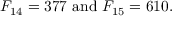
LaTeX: F _ { 1 4 } = 3 7 7 { \mathrm { ~ a n d ~ } } F _ { 1 5 } = 6 1 0 .